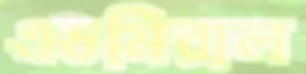
এডমিরাল